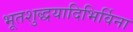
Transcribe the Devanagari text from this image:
भूतशुद्धयादिभिर्विना